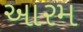
આરમ